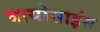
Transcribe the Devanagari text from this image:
बायोसाइंस